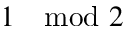
1 \mod 2